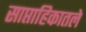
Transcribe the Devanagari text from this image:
साप्ताहिकातले